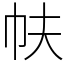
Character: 㠸